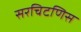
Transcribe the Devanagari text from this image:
सरचिटणिस